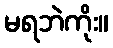
မရဘဲကိုး။